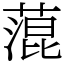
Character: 𦹲